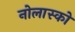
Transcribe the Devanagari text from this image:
नोलास्को